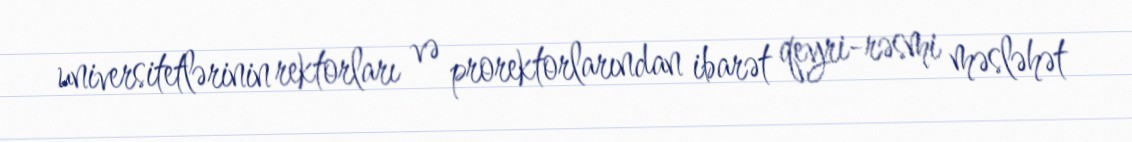
universitetlərinin rektorları və prorektorlarından ibarət qeyri-rəsmi məsləhət